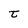
Character: t